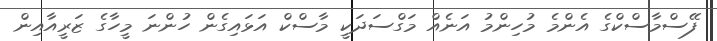
ފޭސްމާސްކްގެ އެންމެ މުހިންމު އަނެއް މަގްސަދަކީ މާސްކް އަޅައިގެން ހުންނަ މީހާގެ ޒަރީއާއިން